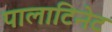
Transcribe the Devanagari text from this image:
पालाटिनेट